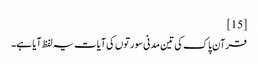
[15]
قرآن پاک کی تین مدنی سورتوں کی آیات یہ لفظ آیا ہے۔